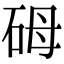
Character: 砪